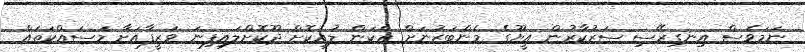
ނަމަވެސް އިނގިރޭސި ސަރުކާރުން އީޔޫގެ މެންބަރުނަށް އެކަން ލުއިކޮށް ދޫކޮށްލައިފިނަ ވަޒީފާއަށާ މަސައްކަތައް